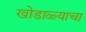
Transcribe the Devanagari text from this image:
खोडाळ्याचा